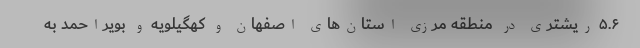
۵.۶ ریشتری در منطقه مرزی استان‌های اصفهان و کهگیلویه و بویراحمد به